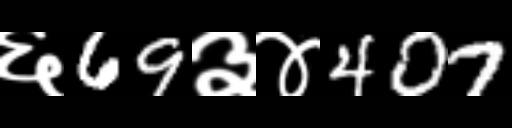
Text: ६69३४407